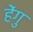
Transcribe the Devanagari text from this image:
हेंगु